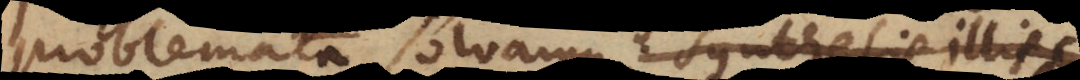
problemata solvamus; synthesis illis